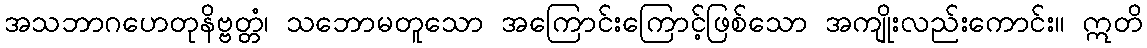
အသဘာဂဟေတုနိဗ္ဗတ္တံ၊ သဘောမတူသော အကြောင်းကြောင့်ဖြစ်သော အကျိုးလည်းကောင်း။ ဣတိ